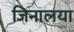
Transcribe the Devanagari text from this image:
जिनालया